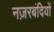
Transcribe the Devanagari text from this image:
नज़रबंदियों